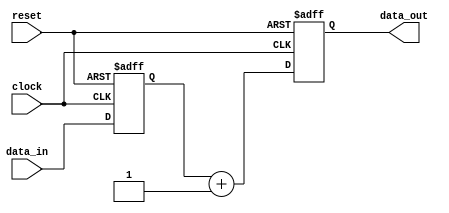
module synchronous_design (
    input wire clock,          // Clock input
    input wire reset,          // Asynchronous reset input
    input wire [7:0] data_in,  // 8-bit data input
    output reg [7:0] data_out   // 8-bit data output
);

    // Internal state variable
    reg [7:0] state;

    // Always block sensitive to the rising edge of the clock
    always @(posedge clock or posedge reset) begin
        if (reset) begin
            // Reset logic: Initialize state and output
            state <= 8'b0;
            data_out <= 8'b0;
        end else begin
            // Sequential logic: Update state and output based on input
            state <= data_in;       // Load input data into state
            data_out <= state + 1;  // Example operation: Increment state for output
        end
    end

endmodule